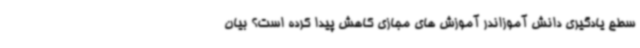
سطح یادگیری دانش آموزاندر آموزش های مجازی کاهش پیدا کرده است؟ بیان